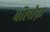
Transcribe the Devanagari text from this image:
बीलोफ़